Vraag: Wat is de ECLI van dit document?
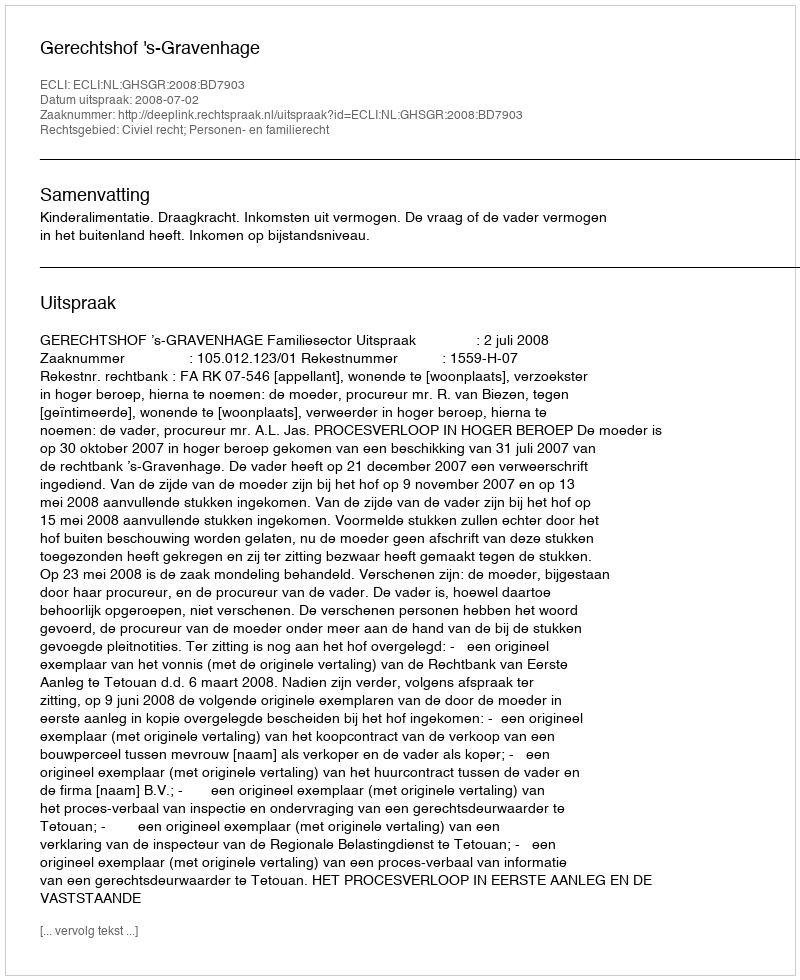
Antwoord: ECLI:NL:GHSGR:2008:BD7903